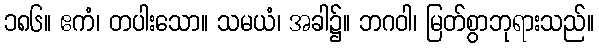
၁၈၆။ ဧကံ၊ တပါးသော။ သမယံ၊ အခါ၌။ ဘဂဝါ၊ မြတ်စွာဘုရားသည်။